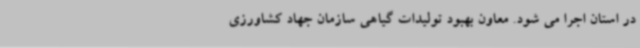
در استان اجرا می شود. معاون بهبود تولیدات گیاهی سازمان جهاد کشاورزی